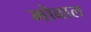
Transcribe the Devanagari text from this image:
मोवाल